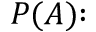
P ( A ) { \mathrm { : } }